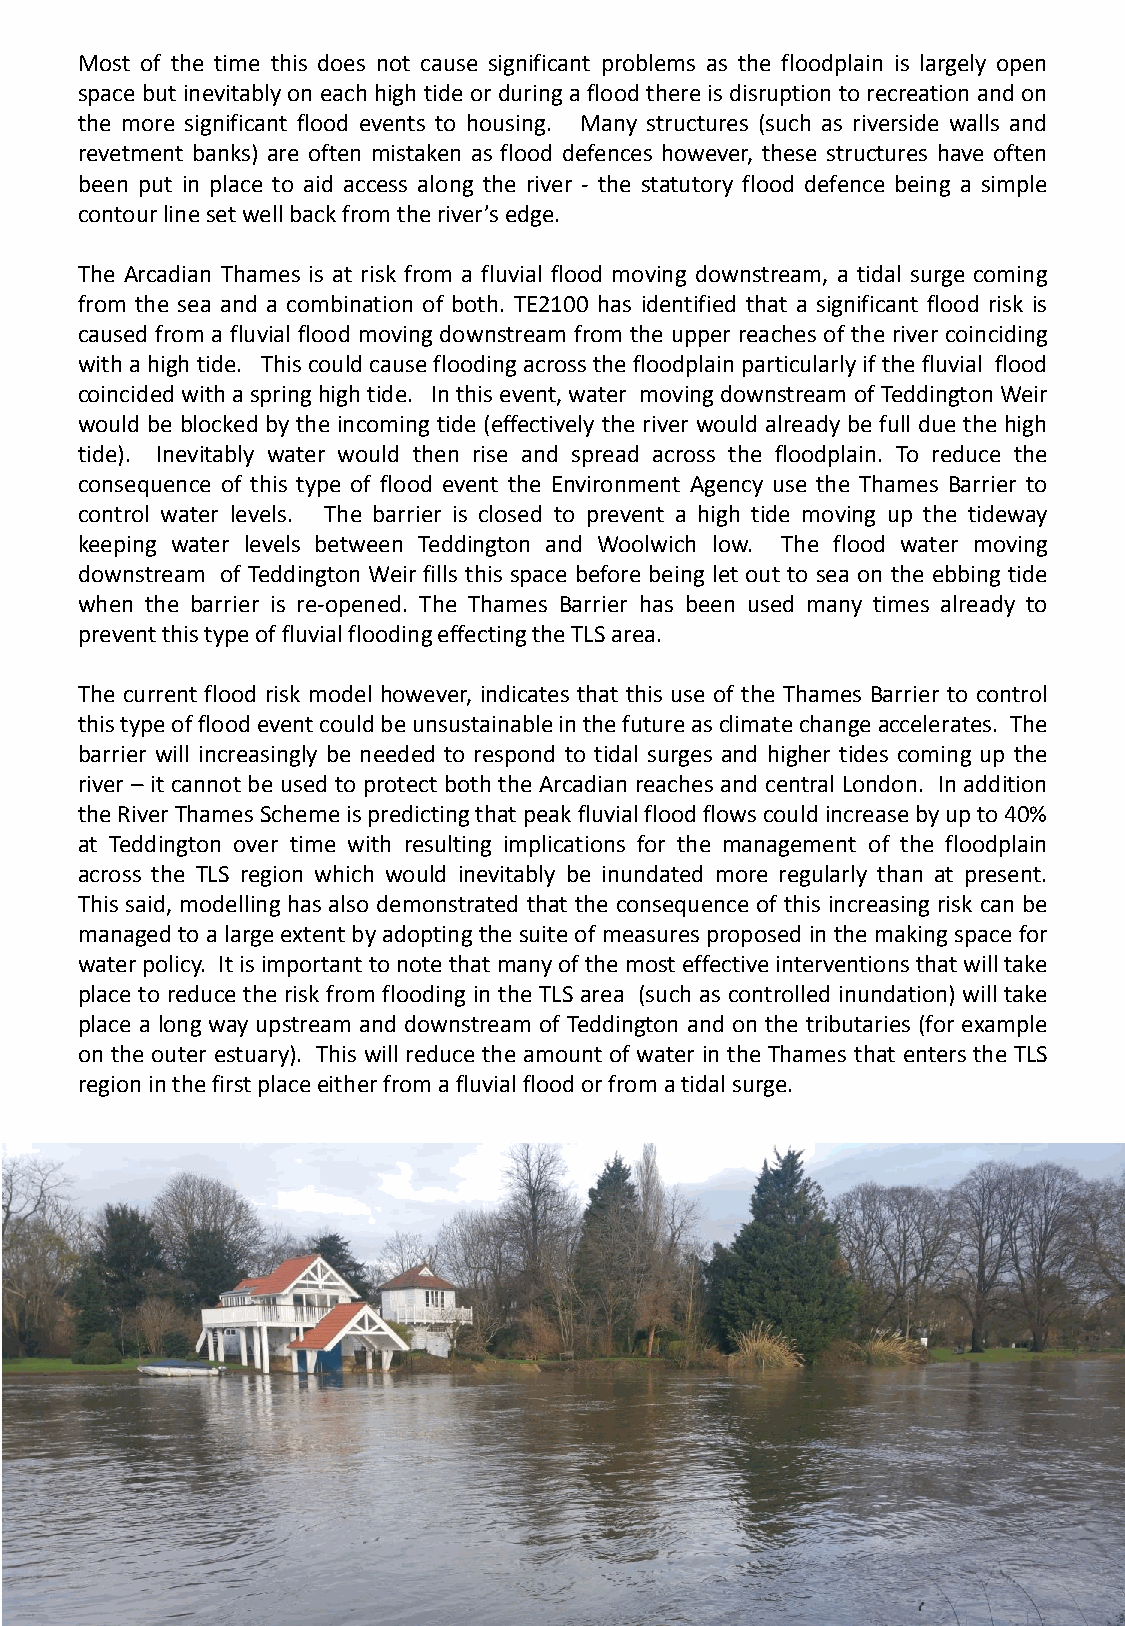
Most of the time this does not cause significant problems as the floodplain is largely open
 space but inevitablyon each hightide orduringaflood thereisdisruptiontorecreation and on
 the more significant flood events to housing. Many structures (such as riverside walls and
 revetment banks) are often mistaken as flood defences however, these structures have often
 been put in place to aid access along the river - the statutory flood defence being a simple
 contourlinesetwellbackfromtheriver’sedge.
 The Arcadian Thames is at risk from a fluvial flood moving downstream, a tidal surge coming
 from the sea and a combination of both. TE2100 has identified that a significant flood risk is
 caused from a fluvial flood moving downstream from the upper reaches of the river coinciding
 withahightide. Thiscouldcausefloodingacross thefloodplainparticularlyifthefluvial flood
 coincidedwithaspringhightide. Inthisevent,water movingdownstreamofTeddingtonWeir
 would be blocked by the incoming tide (effectively the river would already be full due the high
 tide). Inevitably water would then rise and spread across the floodplain. To reduce the
 consequence of this type of flood event the Environment Agency use the Thames Barrier to
 control water levels. The barrier is closed to prevent a high tide moving up the tideway
 keeping water levels between Teddington and Woolwich low. The flood water moving
 downstream of Teddington Weir fills this space before being let out to sea on the ebbing tide
 when the barrier is re-opened. The Thames Barrier has been used many times already to
 preventthistypeoffluvialfloodingeffectingtheTLSarea.
 The current flood risk model however, indicates that this use of the Thames Barrier to control
 thistypeoffloodeventcouldbeunsustainableinthefutureasclimatechangeaccelerates. The
 barrier will increasingly be needed to respond to tidal surges and higher tides coming up the
 river – it cannot be used to protect both the Arcadian reaches and central London. In addition
 theRiverThamesSchemeispredictingthatpeakfluvialfloodflowscouldincreasebyupto40%
 at Teddington over time with resulting implications for the management of the floodplain
 across the TLS region which would inevitably be inundated more regularly than at present.
 This said, modelling has also demonstrated that the consequence of this increasing risk can be
 managed to a largeextentbyadoptingthe suiteof measures proposed inthe making spacefor
 waterpolicy. Itisimportanttonotethatmanyofthemosteffectiveinterventionsthatwilltake
 place to reduce the risk from flooding in the TLS area (such as controlled inundation) will take
 place a long way upstream and downstream of Teddington and on the tributaries (for example
 on the outer estuary). This will reduce the amount of water in the Thames that enters the TLS
 regioninthefirstplaceeitherfromafluvialfloodorfromatidalsurge.
 16